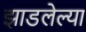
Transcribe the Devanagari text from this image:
झाडलेल्या